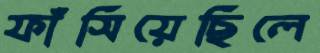
ফাঁসিয়েছিলে